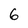
Character: 6